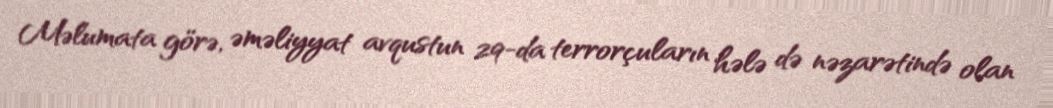
Məlumata görə, əməliyyat avqustun 29-da terrorçuların hələ də nəzarətində olan